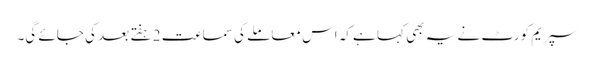
سپریم کورٹ نے یہ بھی کہا ہے کہ اس معاملے کی سماعت 2 ہفتے بعد کی جائے گی۔